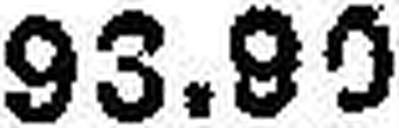
93.80